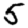
Digit: 5